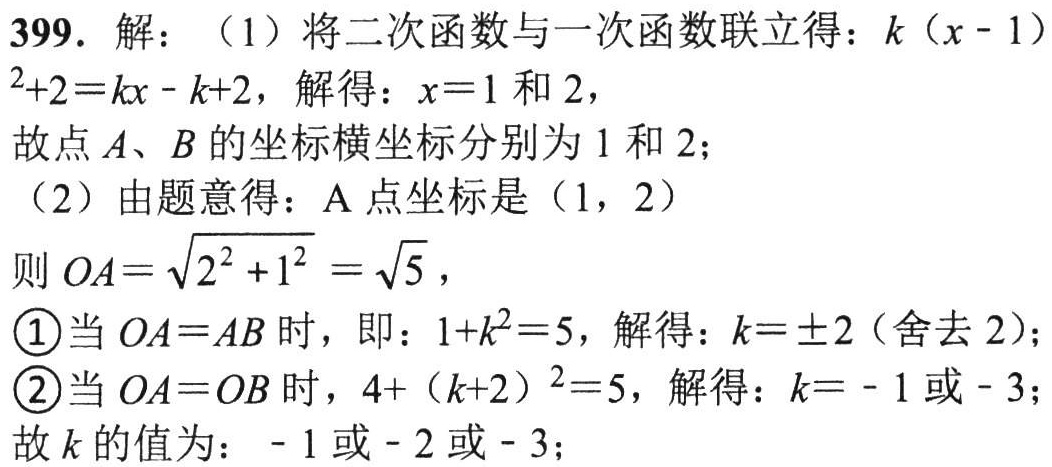
399. 解：（1）将二次函数与一次函数联立得：\(k(x - 1)^2+2=kx - k+2\)，解得：\(x = 1\)和\(2\)，

故点\(A\)、\(B\)的坐标横坐标分别为\(1\)和\(2\)；

（2）由题意得：\(A\)点坐标是\((1, 2)\)

则\(OA=\sqrt{2^2 + 1^2}=\sqrt{5}\)，

\textcircled{1}当\(OA = AB\)时，即：\(1 + k^2 = 5\)，解得：\(k=\pm2\)（舍去\(2\)）；

\textcircled{2}当\(OA = OB\)时，\(4+(k + 2)^2 = 5\)，解得：\(k=-1\)或\(-3\)；

故\(k\)的值为：\(-1\)或\(-2\)或\(-3\)；